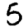
Digit: 5